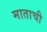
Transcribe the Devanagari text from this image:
माताची